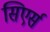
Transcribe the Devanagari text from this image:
सिएर्स